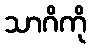
သာဂိကို